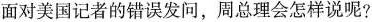
面对美国记者的错误发问，周总理会怎样说呢?